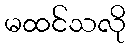
မထင်သလို